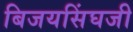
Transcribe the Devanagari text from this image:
बिजयसिंघजी